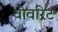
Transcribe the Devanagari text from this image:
वोवरिट